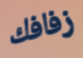
زفافك